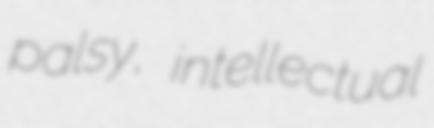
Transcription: palsy, intellectual